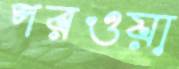
পরওয়া